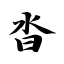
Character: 沓